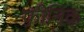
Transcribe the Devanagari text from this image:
फ़ीनिक